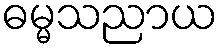
ဓမ္မသညာယ